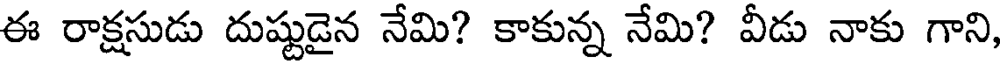
ఈ రాక్షసుడు దుష్టుడైన నేమి? కాకున్న నేమి? వీడు నాకు గాని,